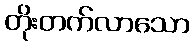
တိုးတက်လာသော